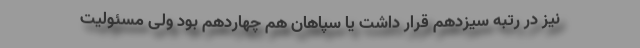
نیز در رتبه سیزدهم قرار داشت یا سپاهان هم چهاردهم بود ولی مسئولیت